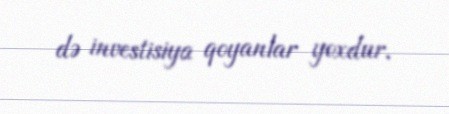
də investisiya qoyanlar yoxdur.